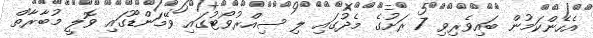
އެހެންކަމުން ބައިވެރިވި 7 ރަށުގެ މެދުގައި ލި ސިއްރުވޯޓުގައި ވޭމަންޑޫގައި ވޮލީ މުބާރާތް